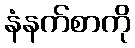
နံနက်စာကို